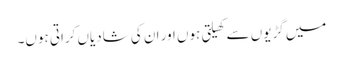
میں گڑیوں سے کھیلتی ہوں اور ان کی شادیاں کراتی ہوں۔